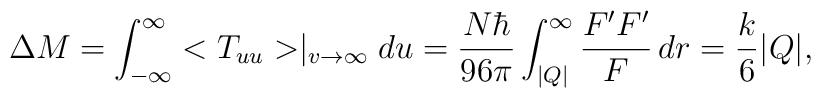
\Delta M=\int_{-\infty}^{\infty}<T_{uu}>\mid_{v\rightarrow \infty}du=\frac{N\hbar}{96\pi}\int_{|Q|}^{\infty}\frac{F'F'}{F}\,dr=\frac{k}{6}|Q|,